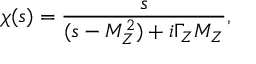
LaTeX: \chi ( s ) = { \frac { s } { ( s - M _ { Z } ^ { 2 } ) + i \Gamma _ { Z } M _ { Z } } } ,